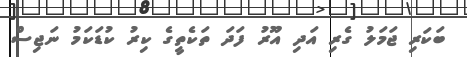
ބަކަރި ޖަމަލު ގެރި އަދި އޫރު ފަދަ ތަކެތީގެ ކިރު ކުޑަކަމު ނަޖިސް